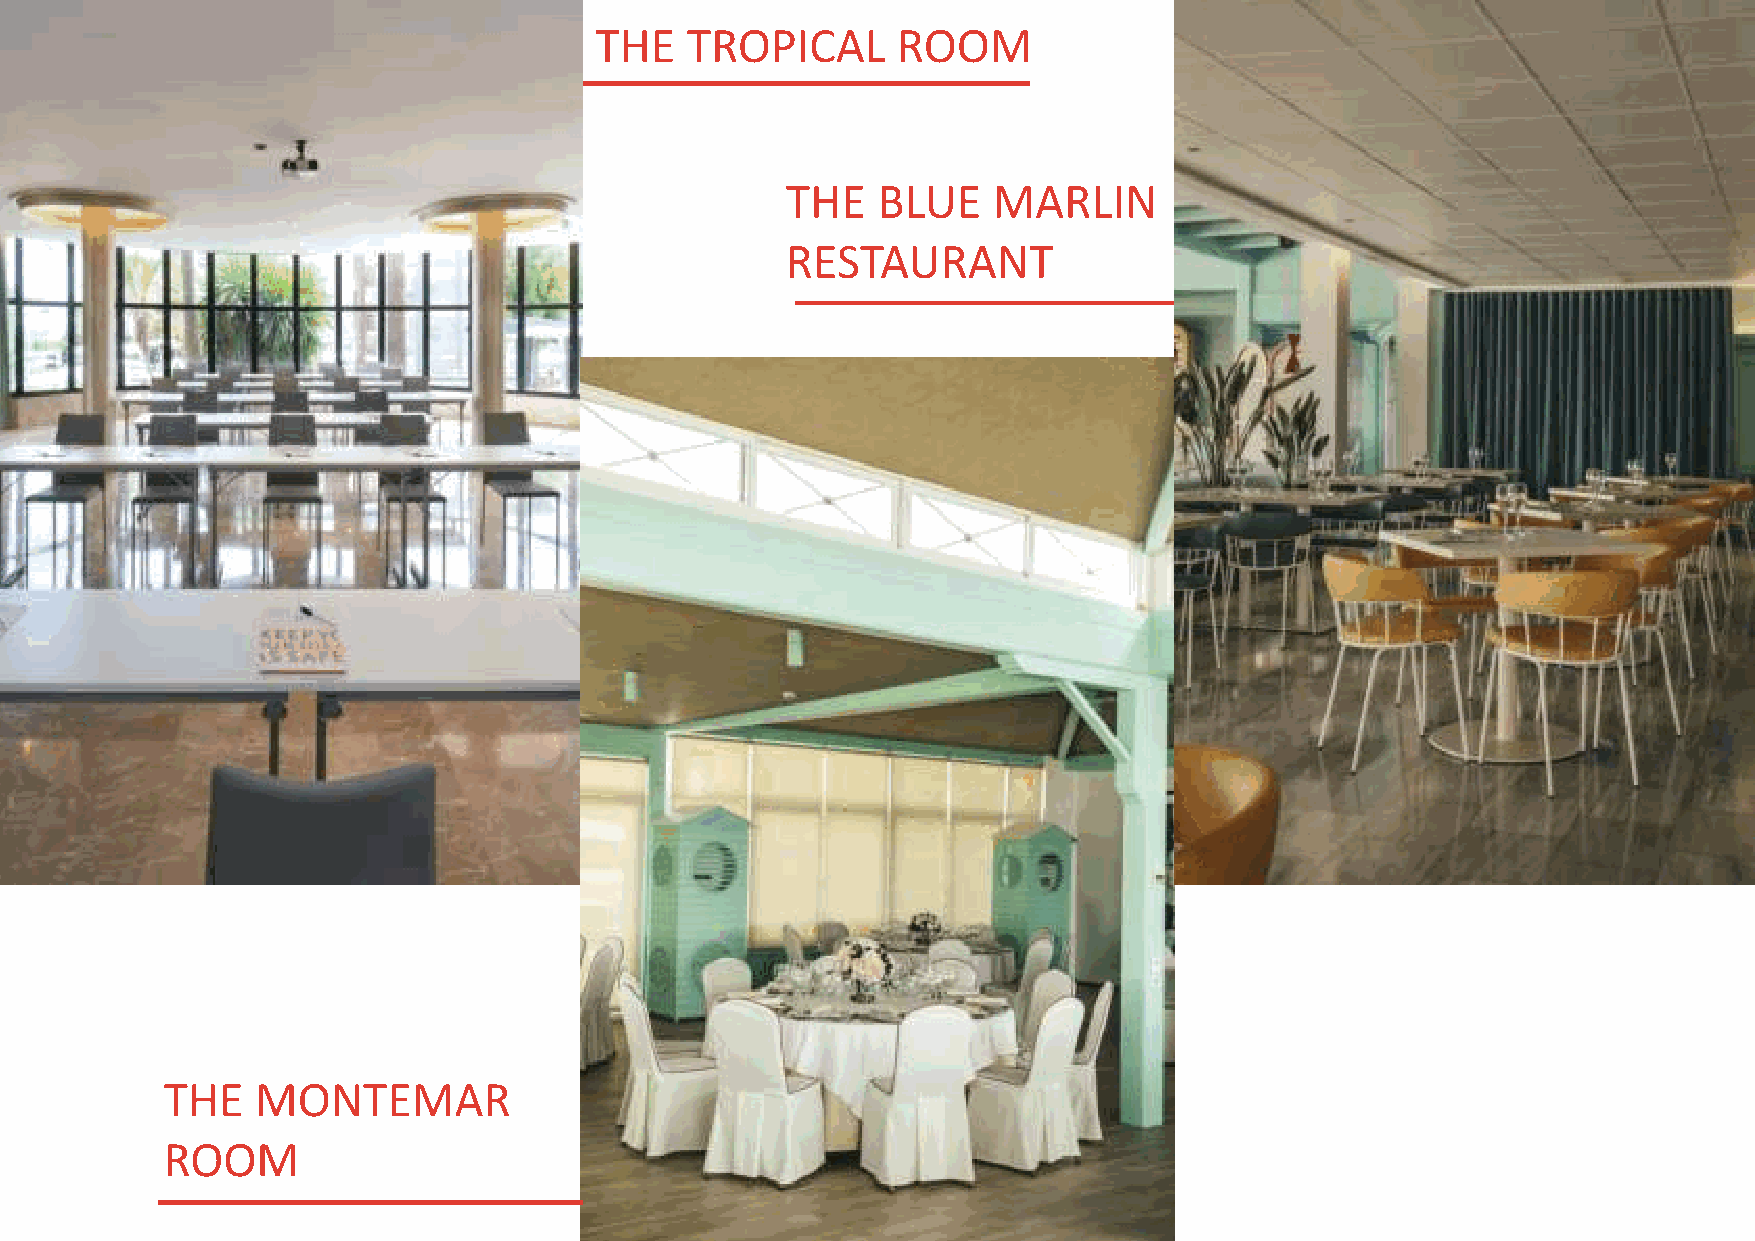
THE   TROPICAL      ROOM
 THE   BLUE    MARLIN
 RESTAURANT
 THE   MONTEMAR
 ROOM